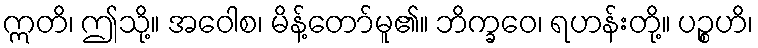
ဣတိ၊ ဤသို့။ အဝေါစ၊ မိန့်တော်မူ၏။ ဘိက္ခဝေ၊ ရဟန်းတို့။ ပဉ္စဟိ၊